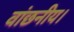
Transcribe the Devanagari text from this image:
वांछनीय।